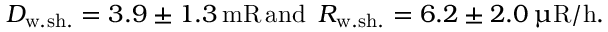
D _ { \mathrm { w . s h . } } = 3 . 9 \pm 1 . 3 \, \mathrm { m R \, a n d ~ \, } R _ { \mathrm { w . s h . } } = 6 . 2 \pm 2 . 0 \, \upmu \mathrm { R / h } .